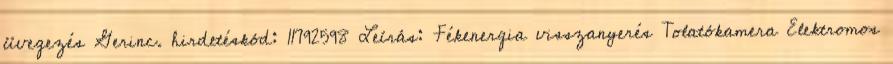
üvegezés Gerinc. hirdetéskód: 11792598 Leírás: Fékenergia visszanyerés Tolatókamera Elektromos